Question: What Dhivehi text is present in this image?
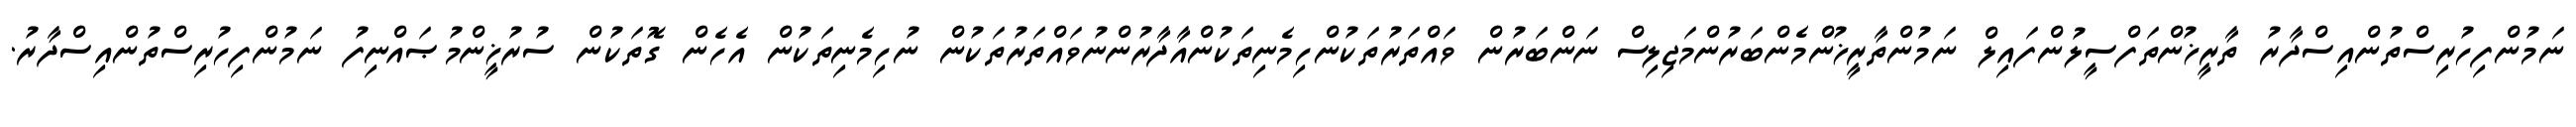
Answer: ނަމުންފިހުރިސްތުންއިސްދާރު ތާރީޚުންތަފްސީލުންފައިލް ނަމުންތާރީޚުންމެންބަރުންމަޖިލިސް ނަންބަރުން ވައްތަރުތަކުންހިމެނިތަކުންއާދާރުންނުވައްތަރުތަކުން ނުހިމެނިތަކުން އެހެން ގޮތަކުން ސުރުޚީންމުޞައްނިފު ނަމުންފިހުރިސްތުންއިސްދާރު.